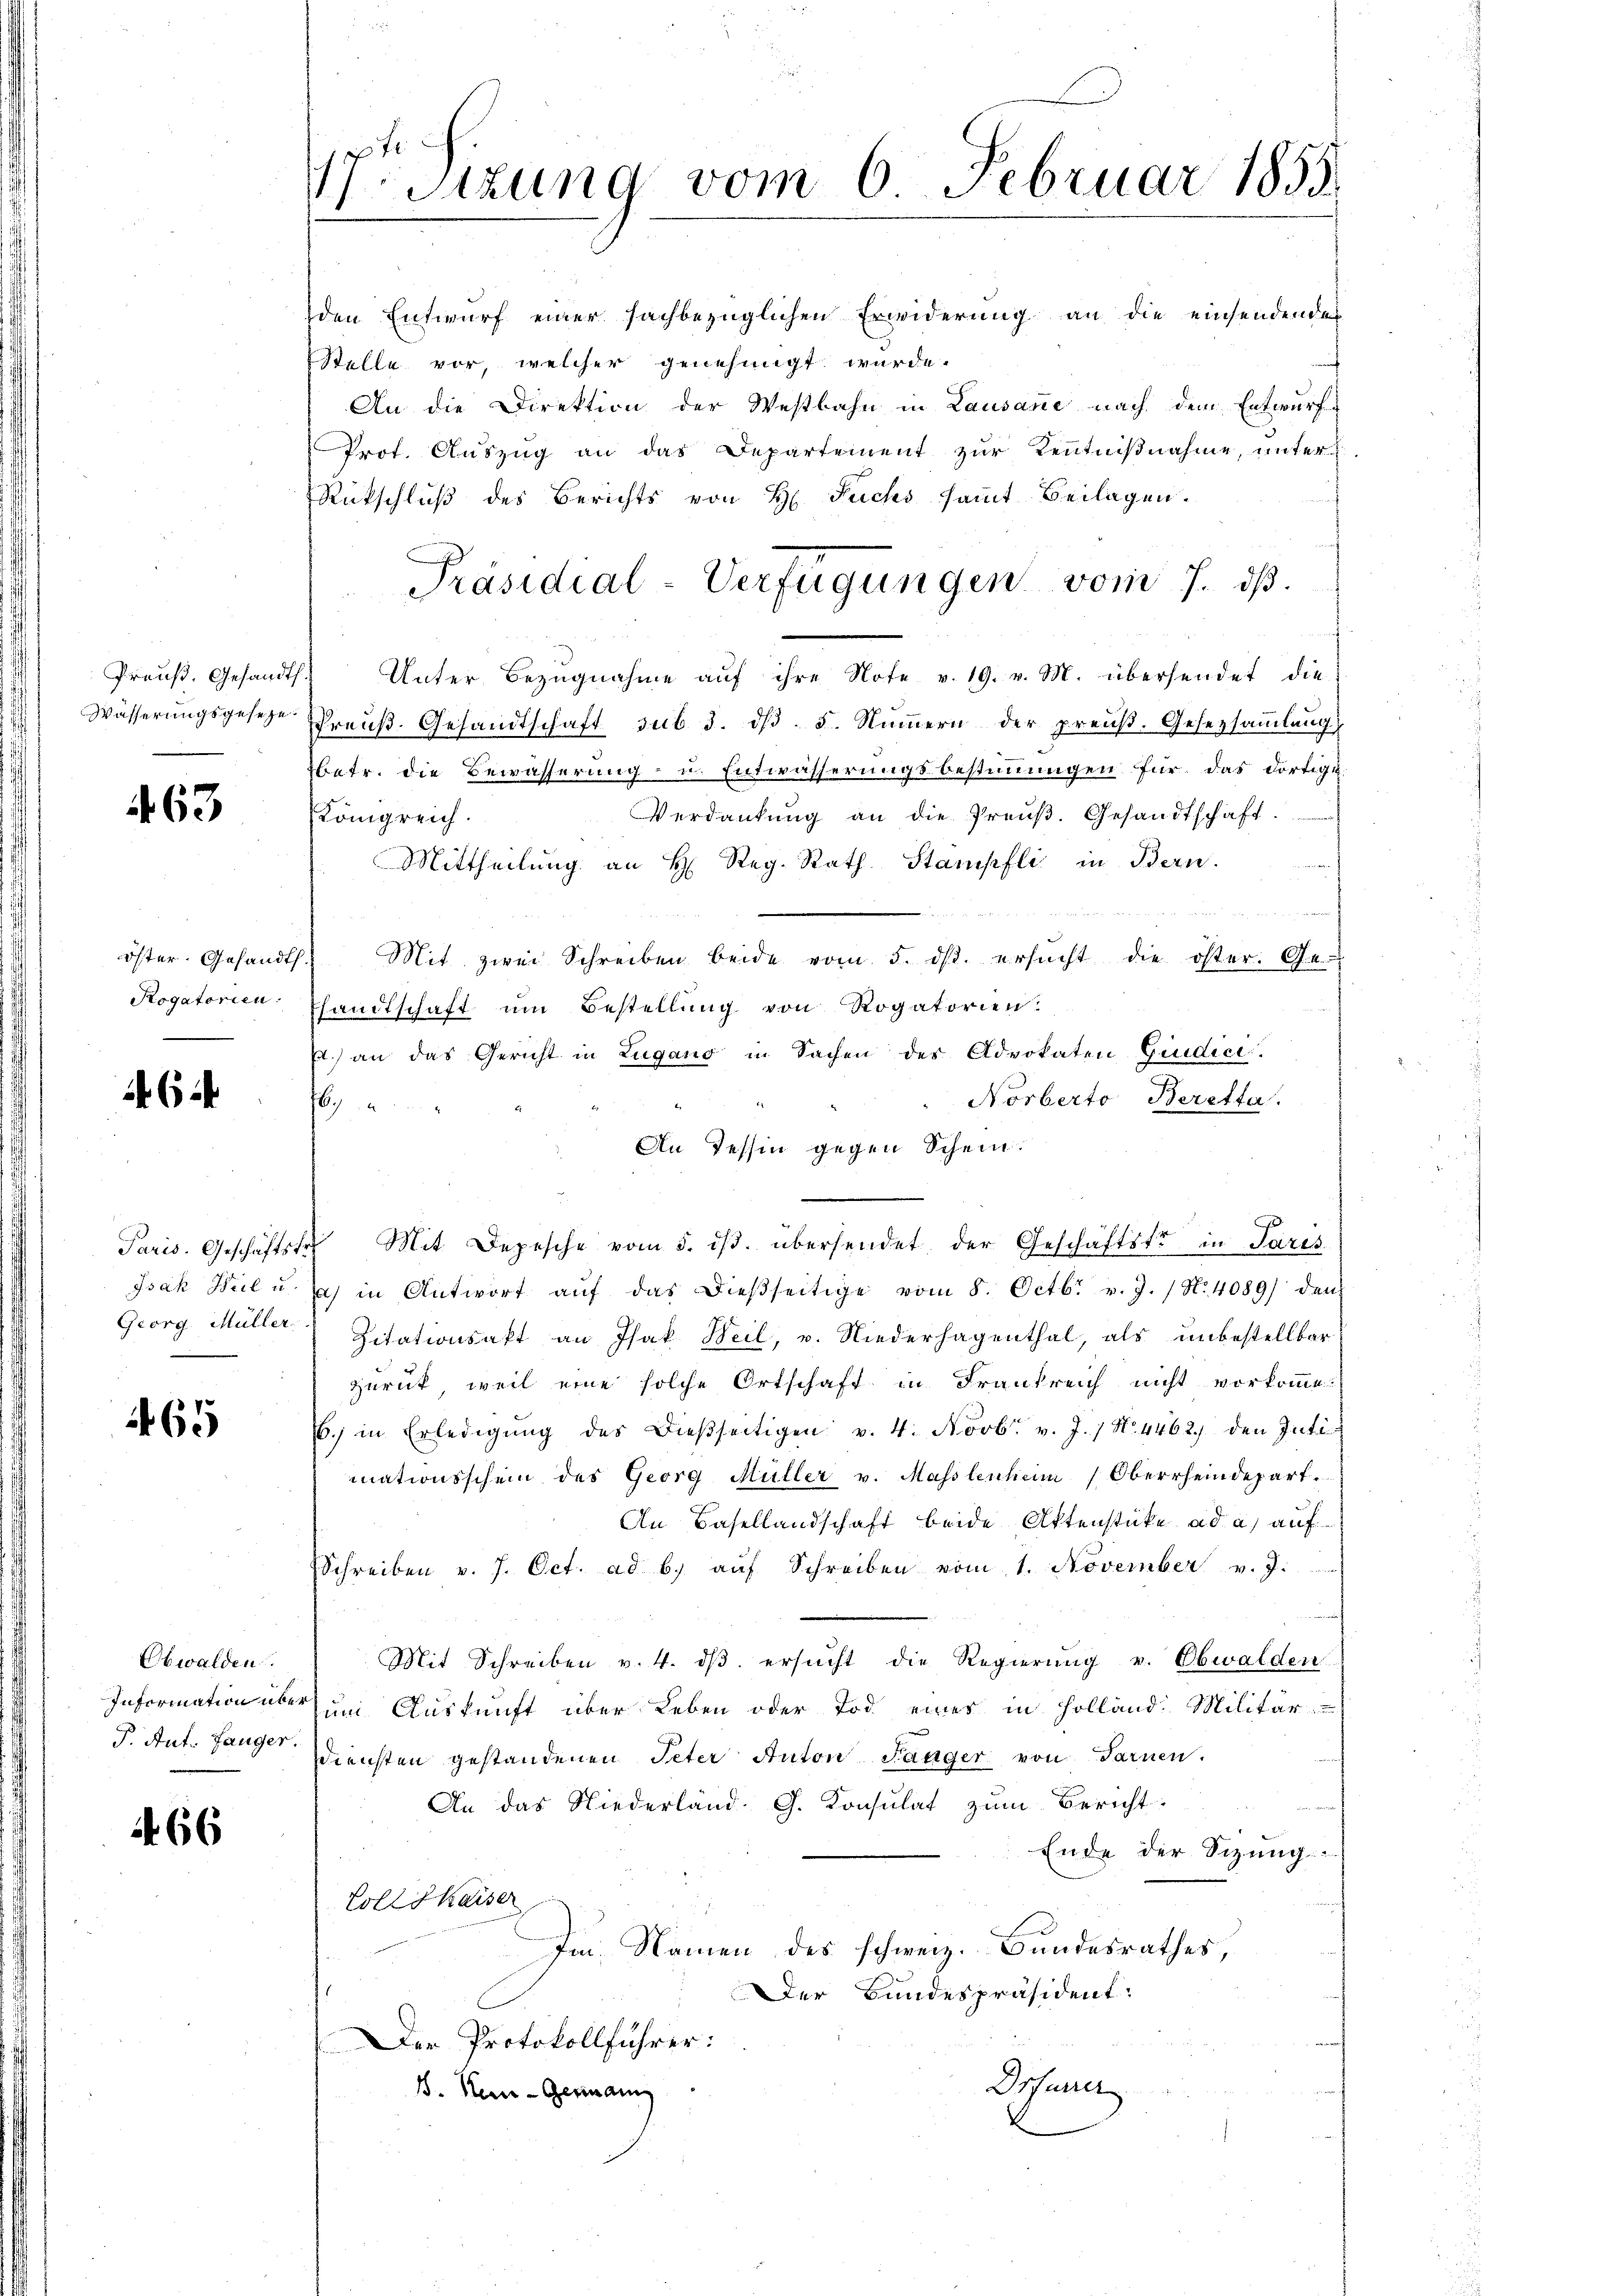
Preuß. Gesandts.
Wässerungsgesetze.

463

öster. Gesandt.
Rogatorien.

6

Paris. Geschäftstr.
Georg Müller.

465

Obwalden.
Information über
P. Ant. Langer.

66

V.Sizung vom 6. Februar 1855.
.

den Entwurf einer sachbezüglichen Erwiderung an die einsendenden
Stelle vor, welcher genehmigt wurde.
An die Direktion der Westbahn in Lausane nach dem Entwurf
Prot. Auszug an das Departement zur Kentnißnahme, unter
Rückschlŭβ des Berichts von H. Fuchs samt Beilagen.
Unter Bezugnahme aŭf ihre Note v. 19. v. M. übersendet die
Preuß. Gesandtschaft sub 3. dβ. 5. Nummern der preuß. Gesetzsammlung
betr. die Bewässerung- u. Entwässerungsbestimmungen für das dortige
Verdankŭng an die Preŭβ. Gesandtschaft.
Königreich.
Mittheilung an H. Reg. Rath Stampfli in Bern.
d
  Ber
Mit zwei Schreiben beide vom 5. ds. ersucht die öster. Ge-
Thandtschaft um Bestellung von Rogatorien.
.) an das Gericht in Lugang in Sachen des Advokaten Giudice.
Norberto Beretta.
16
An Tessin gegen Schein.
Mit Depesche vom 5. ist. übersendet, der Geschäftste in Paris
Isak Weil u. ich in Antwort aŭf das dieβseitige vom 8. Octbr. v. J. / No. 4089) den
Zitationsakt an Isak Weil, u. Niederhagenthal, als unbestellbar
zurück, weil eine solche Ortschaft in Frankreich nicht vorkomme.
6. in Erledigŭng des Dieβseitigen v. 4. Novbr. v. J. / No. 4462, den Intimationsschein des Georg Müller v. Masslenheim Oberrheindepart.
An Basellandschaft beide Aktenstücke ad a) auf
Schreiben v. 7. Oct. ad b. aŭf Schreiben vom 1. November v. J.
Mit Schreiben v. 4. dβ ersŭcht die Regierŭng v. Obwalden
um Auskunft über Leben oder Tod eines in Holland. Militär-
Diensten gestandenen Peter Anton Langer von Tarnen.
An das Niederland. G. Konsulat zum Bericht
Ende der Sizung
Zoll Skaiser
Im Namen des schweiz. Bundesrathes,
Der Bundespräsident:
Der Protokollführer:
Drfurrer
1. Neu - Genann

Präsidial-Verfügungen vom 7. dß.